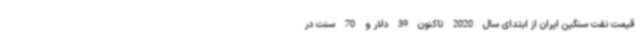
قیمت نفت سنگین ایران از ابتدای سال 2020 تاکنون 39 دلار و 70 سنت در